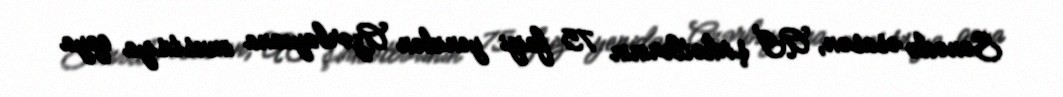
Sənədə əsasən, Aİ şirkətlərinin 75 faizi yenidən Azərbaycana investisiya qoya